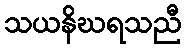
သယနိဃရသညီ